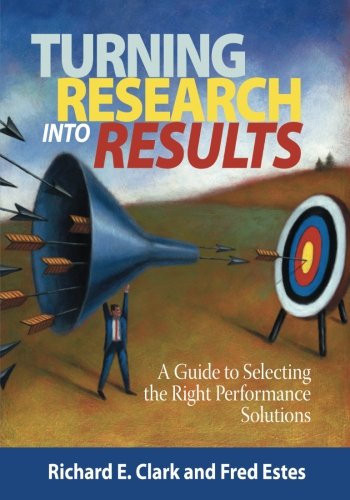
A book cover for Turning Research Into Results: A Guide to Selecting the Right Performance Solutions; Richard E. Clark; Education & Teaching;